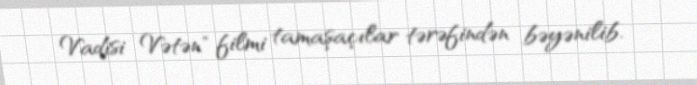
Vadisi Vətən" filmi tamaşaçılar tərəfindən bəyənilib.